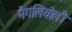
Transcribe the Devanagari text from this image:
मैगलियोली